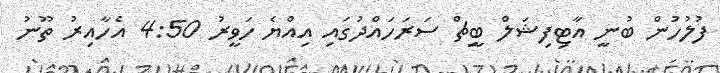
ފުލުހުން ބުނީ އާޓިފިޝަލް ބީޗް ސަރަހައްދުގައި އިއްޔެ ހަވީރު 4:50 އެހާއިރު ތޫނު